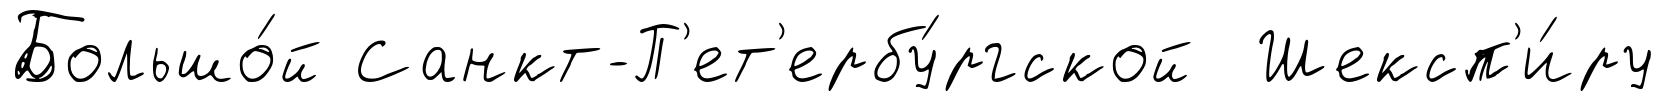
Большо́й Санкт-П'ет'ербу́ргской Шексп'и́ру